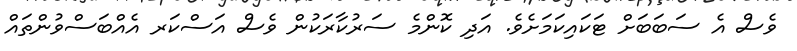
ވެސް އެ ސަބަބަށް ޓަކައިކަމަށެވެ. އަދި ކޮންމެ ސަރުކާރަކުން ވެސް އަސްކަރ އެއްބަސްވުންތައް